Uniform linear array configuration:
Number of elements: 48
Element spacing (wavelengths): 0.75
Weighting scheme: hamming
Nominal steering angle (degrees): -30
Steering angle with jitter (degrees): -28.041
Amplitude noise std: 0.05
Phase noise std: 0.05

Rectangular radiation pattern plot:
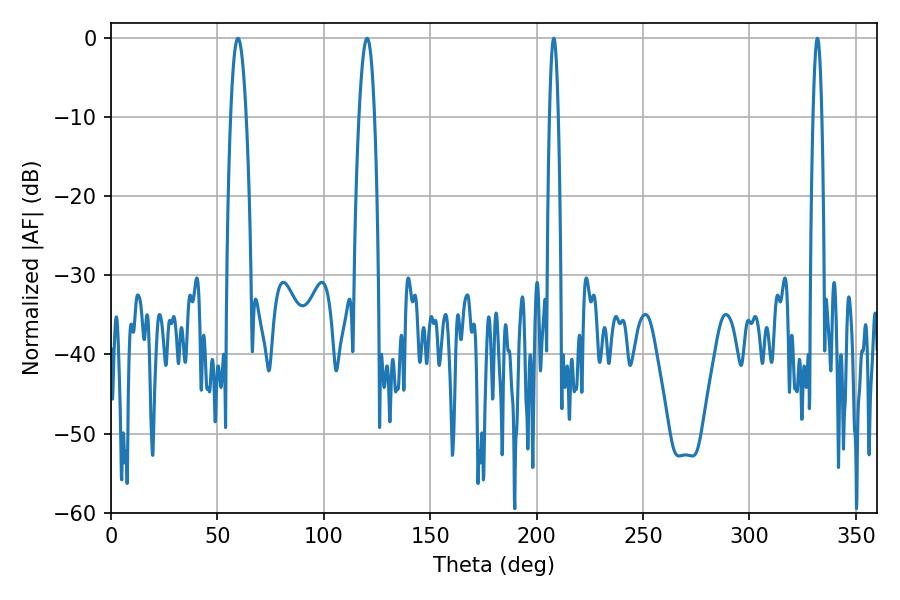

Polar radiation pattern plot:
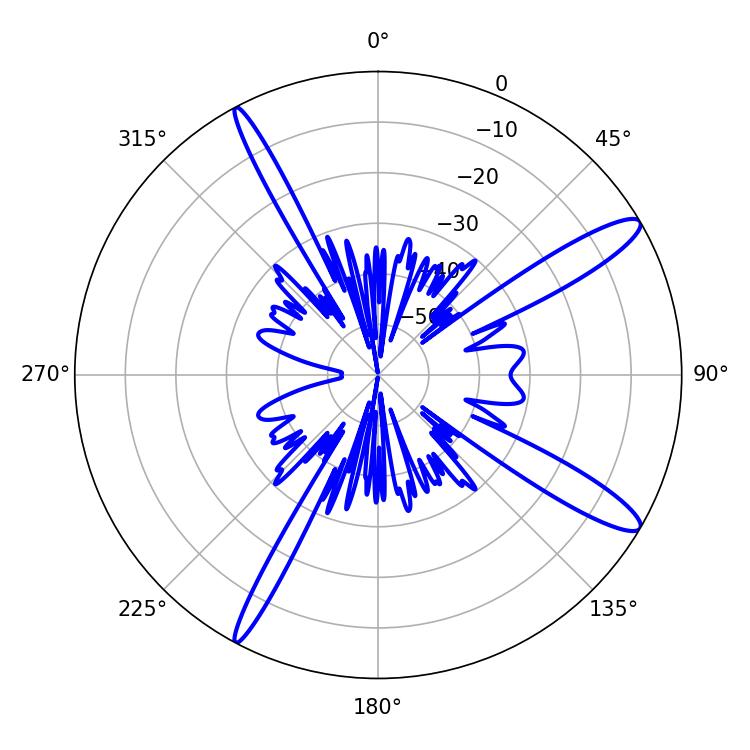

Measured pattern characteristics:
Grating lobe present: TRUE
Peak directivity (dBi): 13.421
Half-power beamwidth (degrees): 2.16
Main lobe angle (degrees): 208.08